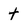
Character: t